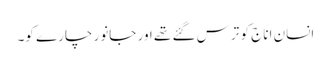
انسان اناج کو ترس گئے تھے اور جانور چارے کو۔